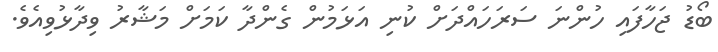
ބޯޑު ޖަހާފައި ހުންނަ ސަރަހައްދަަށް ކުނި އަޅަމުން ގެންދާ ކަމަށް މަޝާރު ވިދާޅުވިއެވެ.